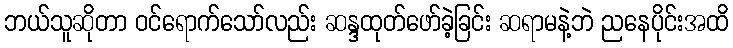
ဘယ်သူဆိုတာ ဝင်ရောက်သော်လည်း ဆန္ဒထုတ်ဖော်ခဲ့ခြင်း ဆရာမနဲ့ဘဲ ညနေပိုင်းအထိ